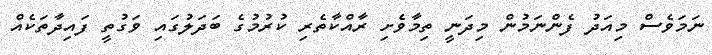
ނަމަވެސް މިއަދު ފެންނަމުން މިދަނީ ތިމާވެށި ރާއްކާތެރި ކުރުމުގެ ބަދަލުގައި ވަގުތީ ފައިދާތަކެއް